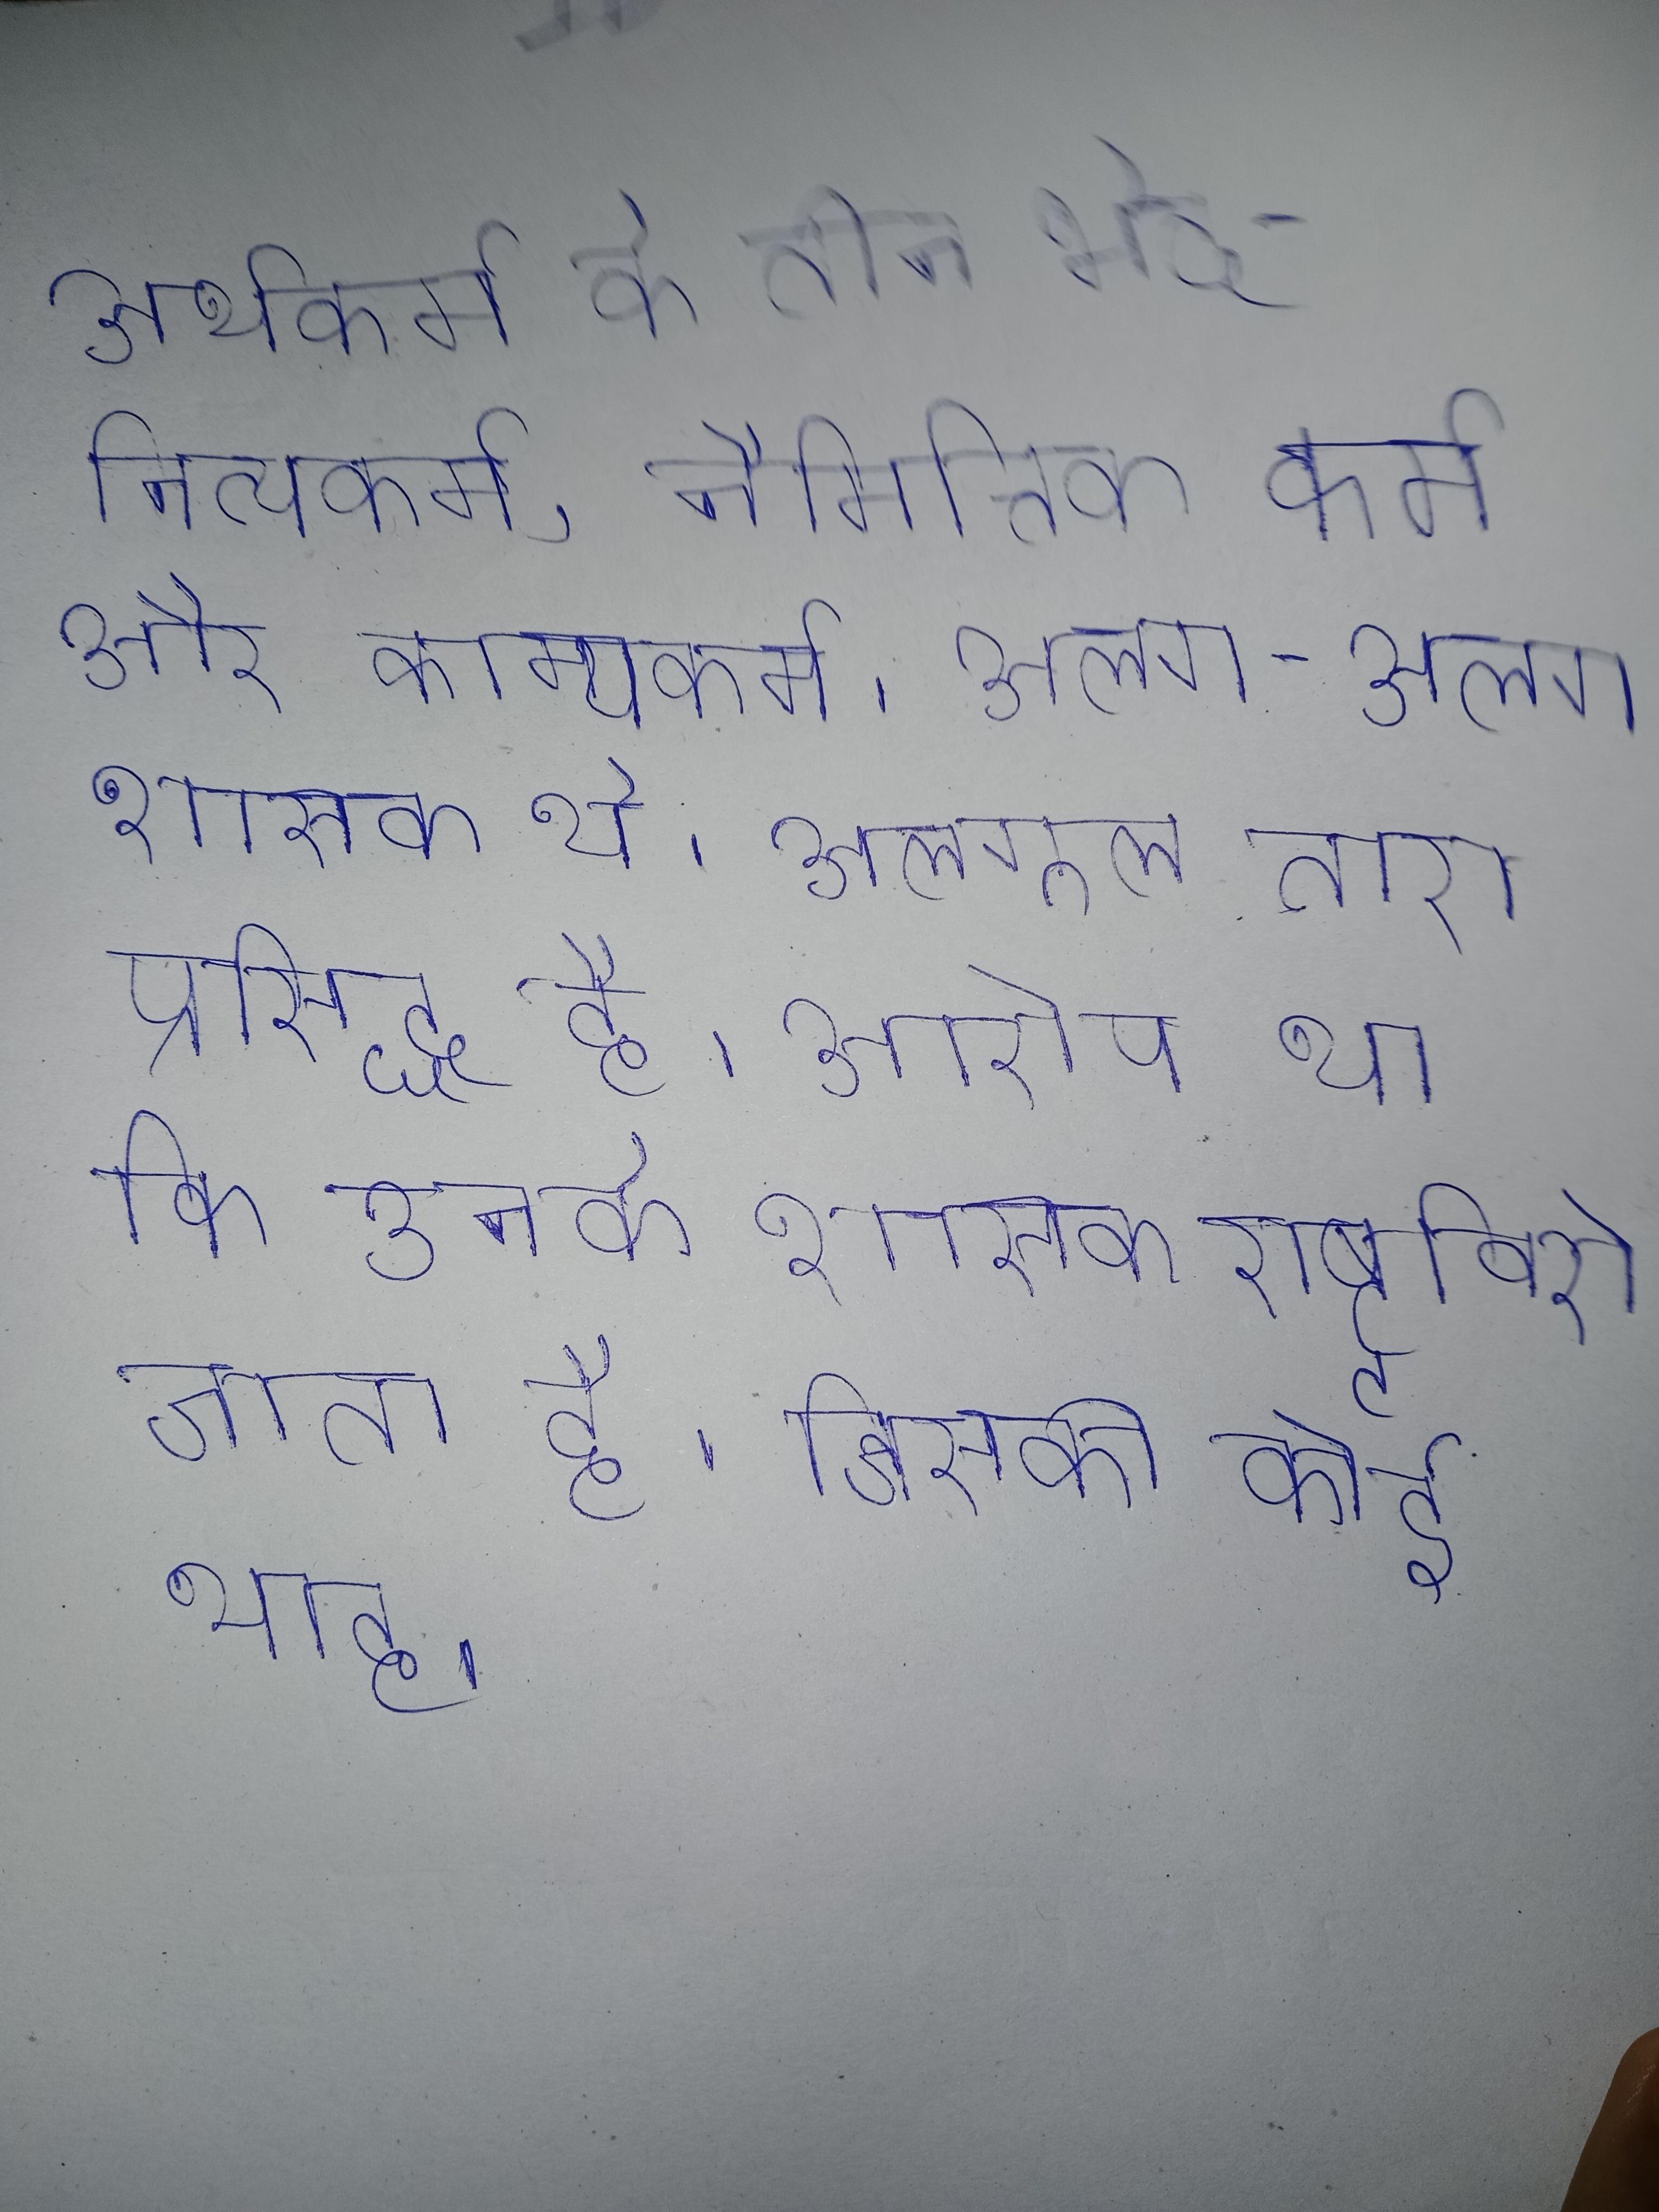
अर्थकर्म के तीन भेद - नित्यकर्म, नैमित्तिक कर्म और काम्यकर्म । अलग-अलग शासक थे । अलगूल तारा प्रसिद्ध है । अलवर व भरतपुर पर आरोप था कि उनके शासक राष्टृविरोधी लिप्त थे । शब्द सर्वाधिक प्रचलित माना जाता है । अल्ल का इतना प्राचीन है कि जिसकी कोई थाह ।